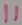
Text: 11